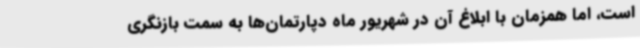
است، اما همزمان با ابلاغ آن در شهریور ماه دپارتمان‌ها به سمت بازنگری